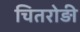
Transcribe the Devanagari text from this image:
चितरोड़ी